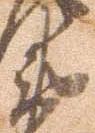
衛